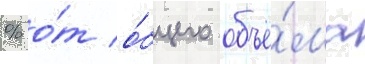
% о́т о́бщего объё́ма